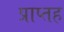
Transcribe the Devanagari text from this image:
प्राप्तह